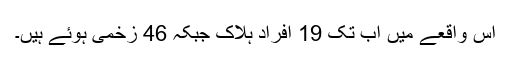
اس واقعے میں اب تک 19 افراد ہلاک جبکہ 46 زخمی ہوئے ہیں۔